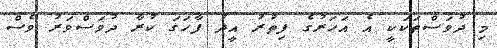
މި ދުވަސްތަކަކީ އެ އަހަރުގެ ފިތުރު އީދު ފާހަގަ ކުރާ ދުވަސްވަރު ވެސް